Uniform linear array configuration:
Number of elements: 4
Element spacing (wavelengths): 0.5
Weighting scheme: kaiser
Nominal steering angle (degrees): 30
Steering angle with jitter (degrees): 28.802
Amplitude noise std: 0.05
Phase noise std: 0.05

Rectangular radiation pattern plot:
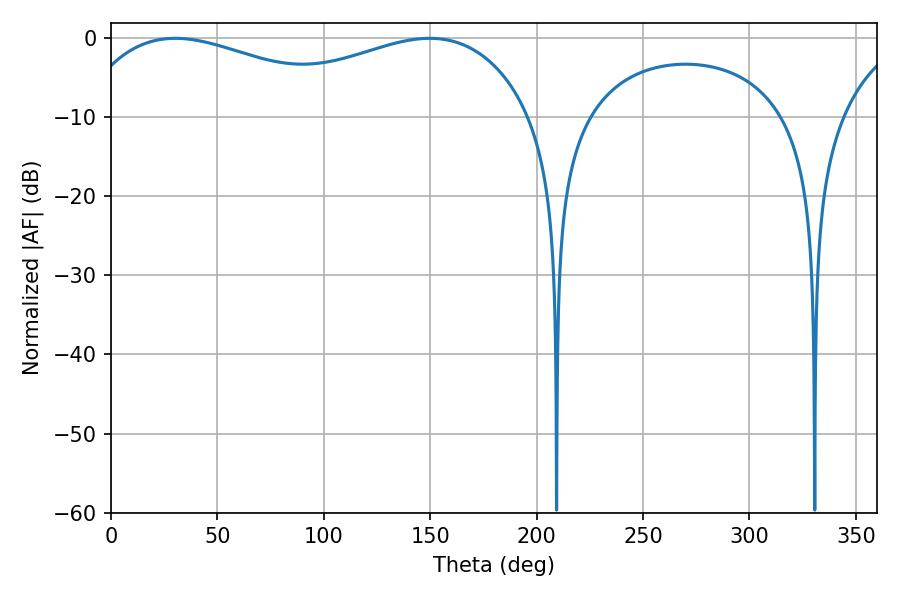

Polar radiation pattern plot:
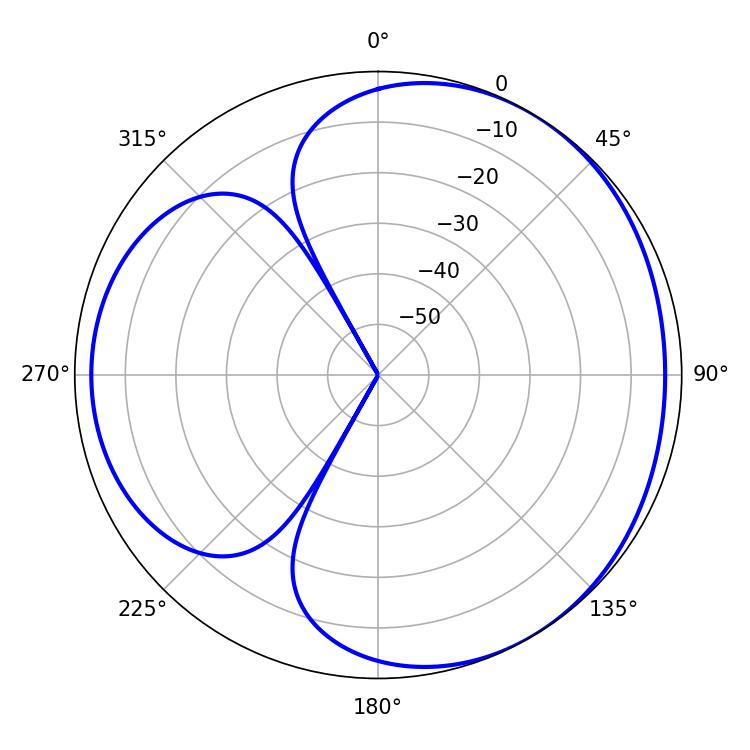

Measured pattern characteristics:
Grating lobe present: FALSE
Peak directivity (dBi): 3.51
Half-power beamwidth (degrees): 77.04
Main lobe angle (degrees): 30.24